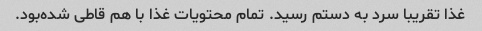
غذا تقریبا سرد به دستم رسید. تمام محتویات غذا با هم قاطی شده‌بود.